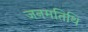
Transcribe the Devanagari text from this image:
जनमतिथि